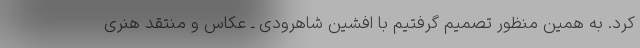
کرد. به همین منظور تصمیم گرفتیم با افشین شاهرودی ـ عکاس و منتقد هنری